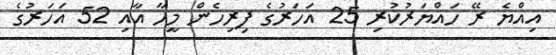
އިއްޔެ ރޭ ހައްޔަރުކުރި 25 އަހަރުގެ ފިރިހެން މީހާ އާއި 52 އަހަރުގެ